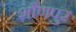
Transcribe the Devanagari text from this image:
शौणपुर